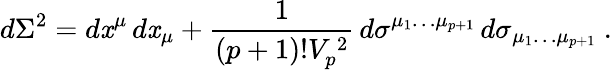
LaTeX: d\Sigma^{2}=d\mathit{x}^{\mu}\, d\mathit{x}_{\mu}+\frac{{1}}{{(p+1)!V_{p}^{\, 2}}}\, d\sigma^{\mu_{1}\dots\mu_{p+1}}\, d\sigma_{\mu_{1}\dots\mu_{p+1}}\ .